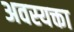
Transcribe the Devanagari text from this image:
अवस्यक्ता